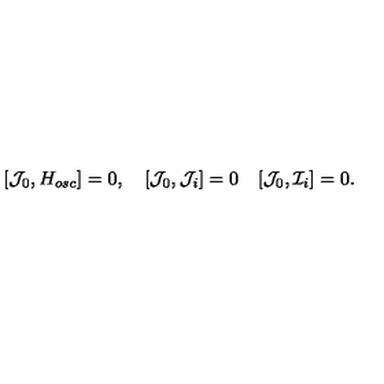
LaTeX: [ { \cal J } _ { 0 } , H _ { o s c } ] = 0 , \quad [ { \cal J } _ { 0 } , { \cal J } _ { i } ] = 0 \quad [ { \cal J } _ { 0 } , { \cal I } _ { i } ] = 0 .